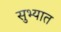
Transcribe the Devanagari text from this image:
सुभ्यात